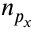
n _ { p _ { x } }